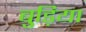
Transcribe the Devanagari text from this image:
बुड़िया